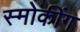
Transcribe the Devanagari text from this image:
स्मोकींग